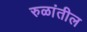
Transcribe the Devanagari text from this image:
रुळांतील